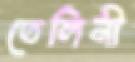
তেলিনী